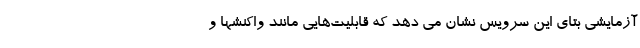
آزمایشی بتای این سرویس نشان می دهد که قابلیت‌هایی مانند واکنشها و